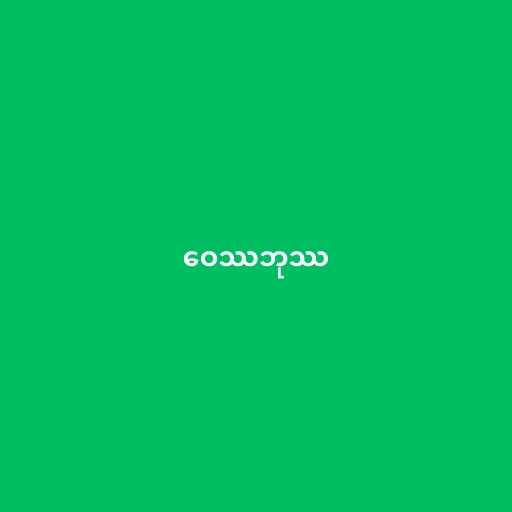
ဝေဿဘုဿ